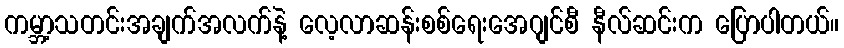
ကမ္ဘာ့သတင်းအချက်အလက်နဲ့ လေ့လာဆန်းစစ်ရေးအေဂျင်စီ နီလ်ဆင်းက ပြောပါတယ်။